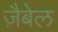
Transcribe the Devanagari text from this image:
ज़ैबेल